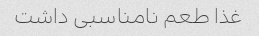
غذا طعم نامناسبی داشت